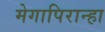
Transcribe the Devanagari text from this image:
मेगापिरान्हा